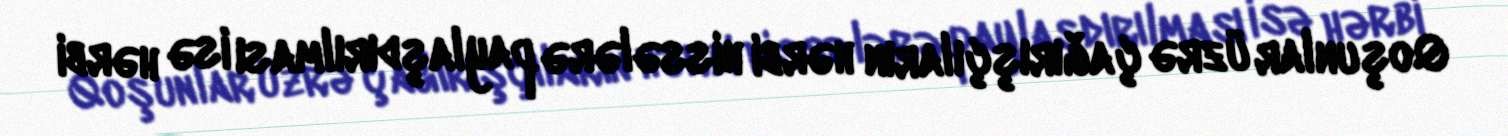
Qoşunlar üzrə çağırışçıların hərbi hissələrə paylaşdırılması isə hərbi